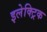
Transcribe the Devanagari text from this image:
इलेक्ट्रिक